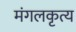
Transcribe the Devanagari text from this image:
मंगलकृत्य